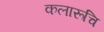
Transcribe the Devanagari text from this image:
कलारूचि